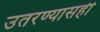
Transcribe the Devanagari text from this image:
उतरण्यासही